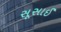
સૂસાઈ